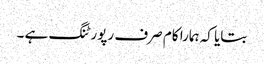
بتایا کہ ہمارا کام صرف رپورٹنگ ہے ۔